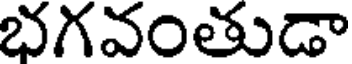
భగవంతుడా